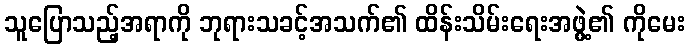
သူပြောသည့်အရာကို ဘုရားသခင့်အသက်၏ ထိန်းသိမ်းရေးအဖွဲ့၏ ကိုမေး